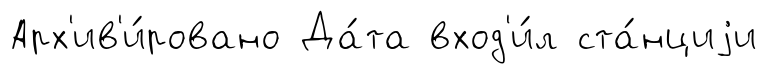
Арх'ив'и́ровано Да́та вход'и́л ста́нциjи